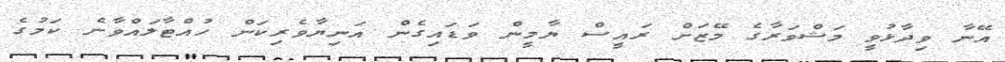
އޭނާ ވިދާޅުވީ މަޝްވަރާގެ މޭޒަށް ރައީސް ޔާމީން ވަޑައިގެން އަނިޔާވެރިކަން ހުއްޓާލައްވާނެ ކަމުގެ